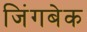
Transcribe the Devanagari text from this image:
जिंगबेक